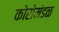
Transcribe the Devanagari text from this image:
कोरोमंडळ